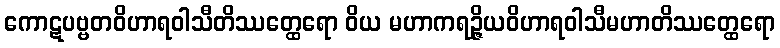
ကောဋပဗ္ဗတဝိဟာရဝါသီတိဿတ္ထေရော ဝိယ မဟာကရဉ္ဇိယဝိဟာရဝါသီမဟာတိဿတ္ထေရော